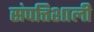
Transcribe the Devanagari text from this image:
संपत्तिशाली